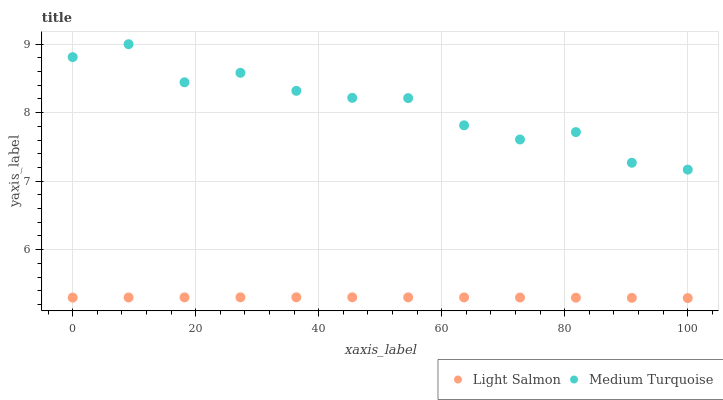
| xaxis_label | Light Salmon | Medium Turquoise |
 | --- | --- | --- |
 | 0 | 5.3 | 8.81 |
 | 9.09 | 5.3 | 9 |
 | 18.2 | 5.3 | 8.44 |
 | 27.3 | 5.3 | 8.58 |
 | 36.4 | 5.3 | 8.32 |
 | 45.5 | 5.3 | 8.22 |
 | 54.5 | 5.3 | 8.21 |
 | 63.6 | 5.3 | 7.82 |
 | 72.7 | 5.3 | 7.61 |
 | 81.8 | 5.3 | 7.72 |
 | 90.9 | 5.3 | 7.27 |
 | 100 | 5.29 | 7.17 |